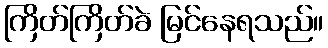
ကြိတ်ကြိတ်ခဲ မြင်နေရသည်။